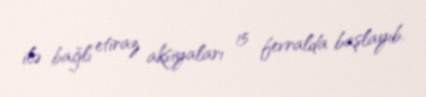
ilə bağlı etiraz aksiyaları 15 fevralda başlayıb.